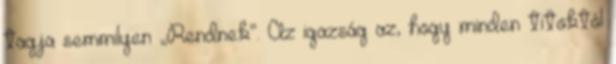
tagja semmilyen „Rendnek”. Az igazság az, hogy minden titoktól